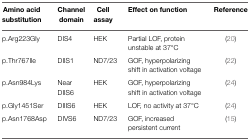
<table><thead><tr><td><b>Amino acid substitution</b></td><td><b>Channel domain</b></td><td><b>Cell assay</b></td><td><b>Effect on function</b></td><td><b>Reference</b></td></tr></thead><tbody><tr><td>p.Arg223Gly</td><td>DIS4</td><td>HEK</td><td>Partial LOF, protein unstable at 37°C</td><td>(20)</td></tr><tr><td>p.Thr767Ile</td><td>DIIS1</td><td>ND7/23</td><td>GOF, hyperpolarizing shift in activation voltage</td><td>(22)</td></tr><tr><td>p.Asn984Lys</td><td>Near DIIS6</td><td>HEK</td><td>GOF, hyperpolarizing shift in activation voltage</td><td>(24)</td></tr><tr><td>p.Gly1451Ser</td><td>DIIIS6</td><td>HEK</td><td>LOF, no activity at 37°C</td><td>(24)</td></tr><tr><td>p.Asn1768Asp</td><td>DIVS6</td><td>ND7/23</td><td>GOF, increased persistent current</td><td>(15)</td></tr></tbody></table>